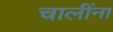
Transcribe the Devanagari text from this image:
चालींना